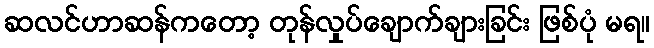
ဆလင်ဟာဆန်ကတော့ တုန်လှုပ်ချောက်ချားခြင်း ဖြစ်ပုံ မရ။